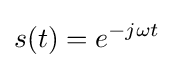
s(t)=e^{-j\omega t}